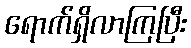
ရောက်ရှိလာကြပြီး